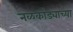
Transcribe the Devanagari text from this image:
नळकांड्याच्या